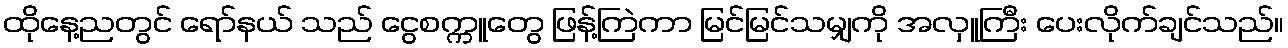
ထိုနေ့ညတွင် ရော်နယ် သည် ငွေစက္ကူတွေ ဖြန့်ကြဲကာ မြင်မြင်သမျှကို အလှူကြီး ပေးလိုက်ချင်သည်။